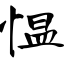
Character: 愠